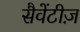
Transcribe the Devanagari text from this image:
सैवेंटीज़